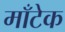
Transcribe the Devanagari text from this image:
माँटेक